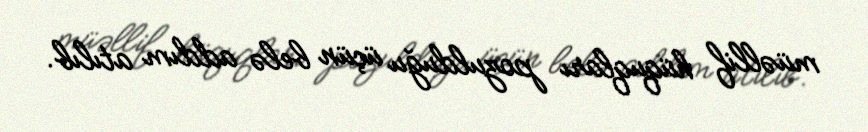
müəllif hüquqları pozulduğu üçün belə addım atılıb.